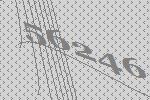
56246